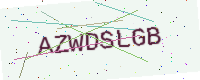
Text: AZWDSLGB